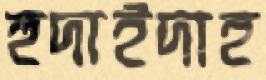
হুদাইদাহ